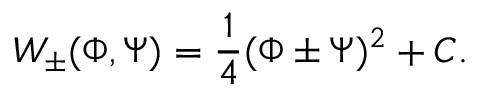
W _ { \pm } ( \Phi , \Psi ) = \frac { 1 } { 4 } ( \Phi \pm \Psi ) ^ { 2 } + C .